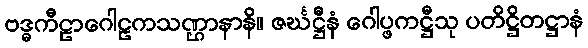
ဗဒ္ဓကီဠာဂေါဠကသဏ္ဌာနာနိ။ ဇင်္ဃဋ္ဌီနံ ဂေါပ္ဖကဋ္ဌီသု ပတိဋ္ဌိတဋ္ဌာနံ